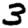
Digit: 3